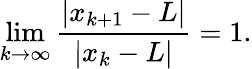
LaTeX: \operatorname*{lim}_{k\to\infty}{\frac{|x_{k+1}-L|}{|x_{k}-L|}}=1.